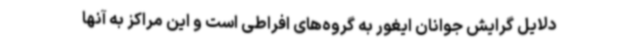
دلایل گرایش جوانان ایغور به گروه‌های افراطی است و این مراکز به آنها